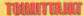
TOIMITTAJAT